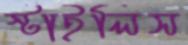
স্টাইলিস